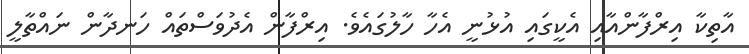
އާތިކާ އިރްފާންއާއި އެކީގައި އުޅުނީ އެހާ ހާލުގައެވެ. އިރްފާން އެދުވަސްތައް ހަނދާން ނައްތާލީ